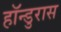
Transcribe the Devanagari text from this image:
हॉन्डुरास